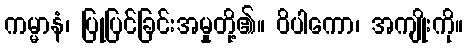
ကမ္မာနံ၊ ပြုပြင်ခြင်းအမှုတို့၏။ ဝိပါကော၊ အကျိုးကို။